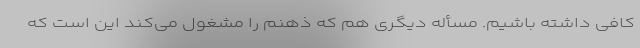
کافی داشته باشیم. مسأله دیگری هم که ذهنم را مشغول می‌کند این است که